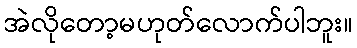
အဲလိုတော့မဟုတ်လောက်ပါဘူး။